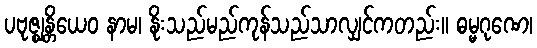
ပဗုဇ္ဈန္တိယေဝ နာမ၊ နိုးသည်မည်ကုန်သည်သာလျှင်ကတည်း။ ဓမ္မဂုဏေ၊